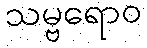
သမ္ဗရောဝ